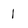
Character: 1